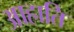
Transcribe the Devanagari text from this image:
आहाति